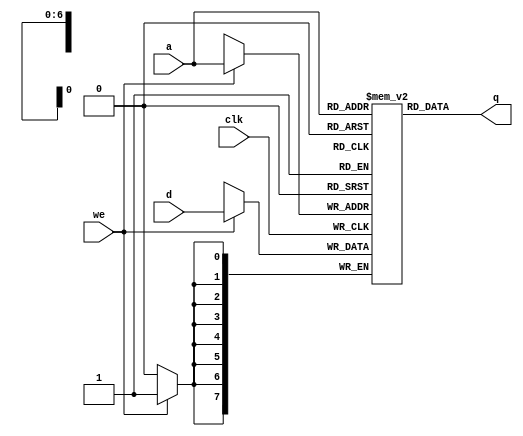
module single_port (q, a, d, we, clk);
	output [7:0] q;
	input [7:0] d;
	input [6:0] a;
	input we, clk;
	reg [7:0] mem [127:0];
		
		assign q = mem[a];//set output to value stored at address
		
		always @ (posedge clk)
		begin
			if (we)//if write, write data in the address
				mem[a] <= d;
		end
		
endmodule